Vaccination in Bombay 1856-1862 - 1856-1862
Year: 1856
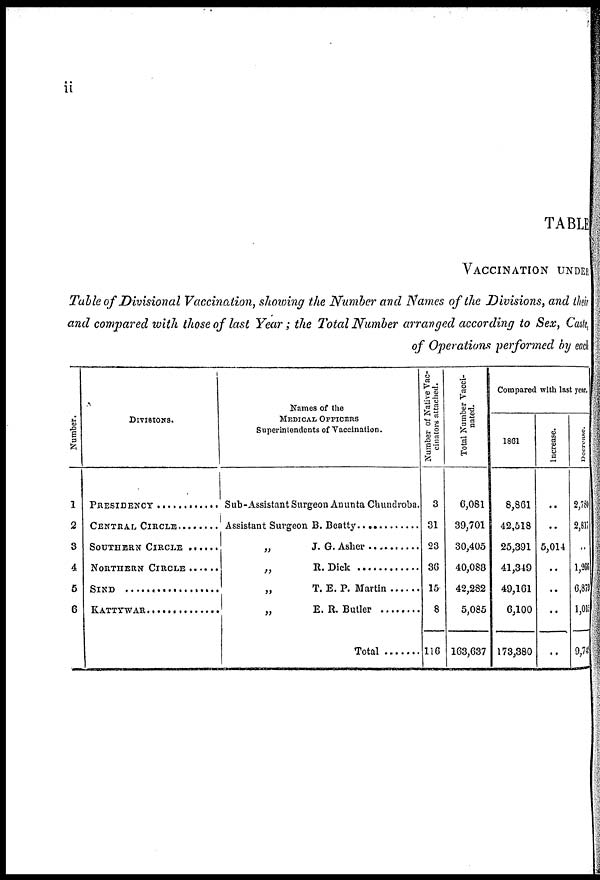
ii
TABLE
VACCINATION UNDER
Table of Divisional Vaccination, showing the Number and Names of the Divisions, and their
and compared with those of last Year ; the Total Number arranged according to Sex, Caste,
of Operations performed by each
Number.
1
2
3
4
5
6
DIVISIONS.
PRESIDENCY ............
CENTRAL CIRCLE ........
SOUTHERN CIRCLE ......
NORTHERN CIRCLE ......
SIND ................
KATTYWAR ............
Names of the
MEDICAL OFFICERS
Superintendents of Vaccination.
Sub-Assistant Surgeon Anunta Chundroba.
Assistant Surgeon B. Beatty ............
„ J. G. Asher ..........
„ R. Dick ............
„ T. E. P. Martin ......
„ E. R. Butler ........
Total .......
Number of Native Vac¬
cinators attached.
3
31
23
36
15
8
116
Total Number Vacci-
nated.
6,081
39,701
30,405
40,083
42,282
5,085
163,637
Compared with last year.
1861
8,861
42,518
25,391
41,349
49,161
6,100
173,380
Increase.
..
..
5,014
..
..
..
..
Decrease.
2,780
2,817
..
1,266
6,879
1, 010
9,743